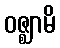
ဝဇ္ဈာမိ